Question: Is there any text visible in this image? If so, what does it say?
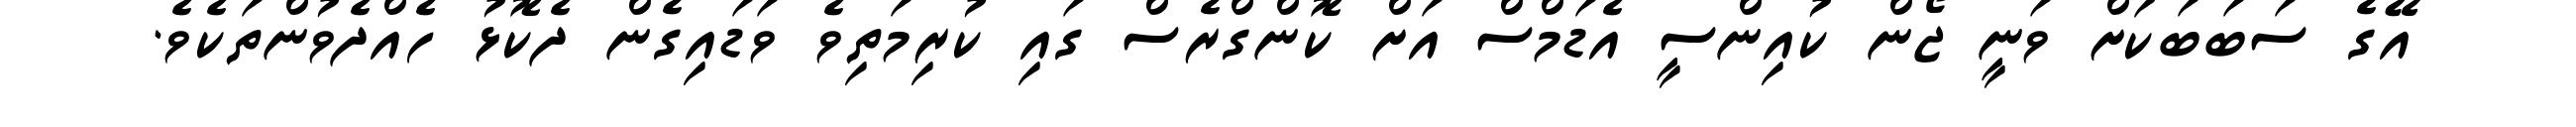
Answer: އޭގެ ސަބަބަކަށް ވަނީ ޖޯން ކުއިންސީ އެޑަމްސް އަށް ކޮންގްރެސް ގައި ކުރިމަތިވެ ވަޑައިގެން ދެކޮޅު ހެއްދެވުންތަކެވެ.